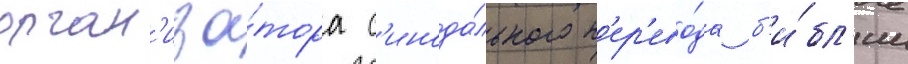
орган'иза́тора с'инода́льного п'ер'ево́да б'и́бл'ии